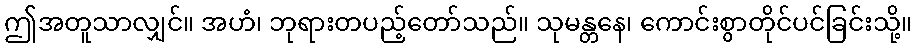
ဤအတူသာလျှင်။ အဟံ၊ ဘုရားတပည့်တော်သည်။ သုမန္တနေ၊ ကောင်းစွာတိုင်ပင်ခြင်းသို့။